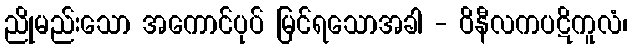
ညိုမည်းသော အကောင်ပုပ် မြင်ရသောအခါ - ဝိနီလကပဋိကူလံ၊